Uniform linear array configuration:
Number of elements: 12
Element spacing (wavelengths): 0.75
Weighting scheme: kaiser
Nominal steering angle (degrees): -15
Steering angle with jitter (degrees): -16.864
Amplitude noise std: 0.05
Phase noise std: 0.05

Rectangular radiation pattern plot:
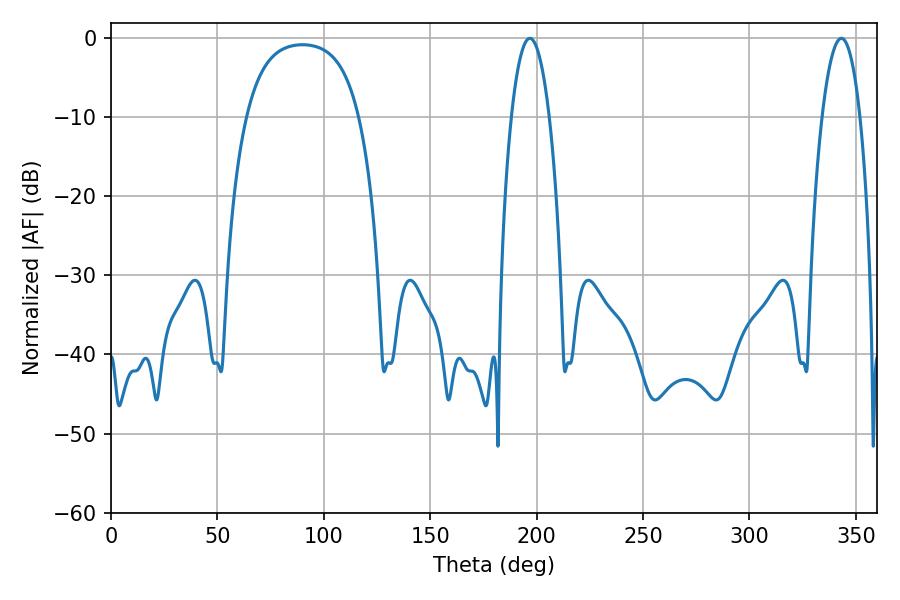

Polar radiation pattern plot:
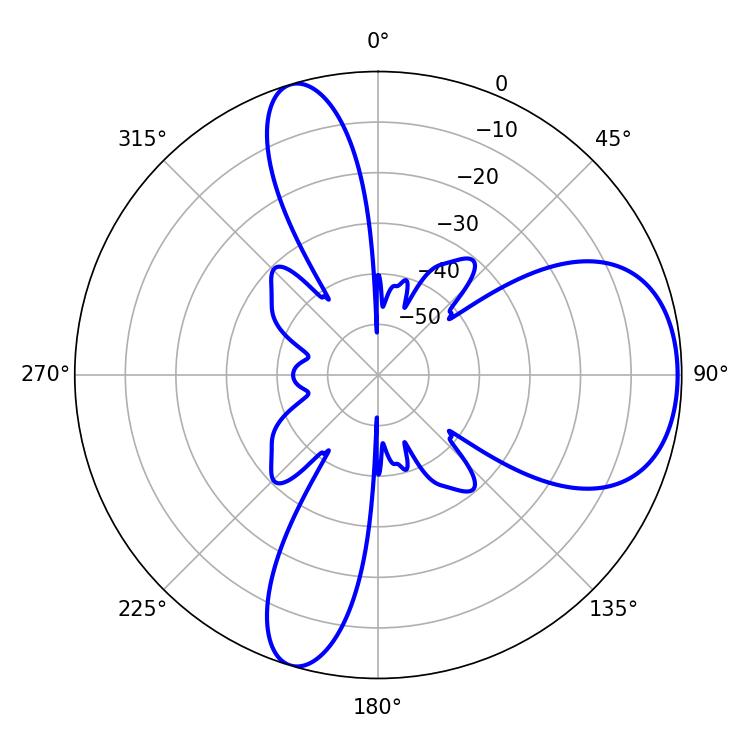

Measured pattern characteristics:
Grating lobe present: TRUE
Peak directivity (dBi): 6.973
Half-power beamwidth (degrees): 9.9
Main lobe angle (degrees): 196.74